Report of the Lahore Medical School Hospital
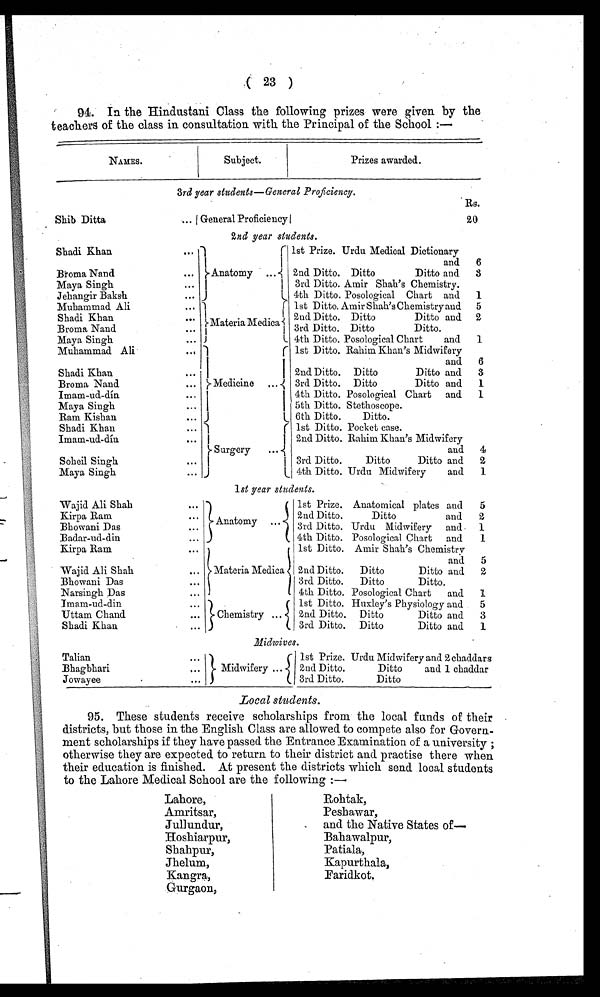
( 23 )
94. In the Hindustani Class the following prizes were given by the
teachers of the class in consultation with the Principal of the School :—
NAMES.
Subject.
Prizes awarded.
3rd year students—General Proficiency.
Rs.
Shib Ditta
...General Proficiency
20
2nd year students.
Shadi Khan
...
Anatomy ...
1st Prize. Urdu Medical Dictionary
and
6
Broma Nand
...
2nd Ditto. Ditto
Ditto and
3
Maya Singh
. . .
3rd Ditto. Arnir Shah's Chemistry.
Jehangir Baksh
...
4th Ditto. Posological Chart and
1
Muhammad Ali
...
Materia Medica
1st Ditto. Amir Shah's Chemistry and
5
Shadi Khan..
2nd Ditto. Ditto
Ditto and 2
Broma Nand
...
3rd Ditto. Ditto
Ditto.
Maya Singh
...
4th Ditto. Posological al Chart and
1
Muhammad Ali
...
Medicine ...
1st Ditto. Rahim Khan's Midwifery
and.
6
Shadi Khan
...
2nd Ditto. Ditto
Ditto and
3
Broma Nand
...
3rd Ditto. Ditto
Ditto and
1
Imam-ud-dín
...
4th Ditto. Posological Chart and
1
Maya Singh
...
5th Ditto. Stethoscope.
Ram Kishan
...
6th Ditto.
Ditto.
Shadi Khan
...
Surgery
...
1st Ditto. Pocket case.
Imam-ud-din.
...
2nd Ditto. Rahim Khan's Midwifery
and
4
Soheil Singh
. . .
3rd Ditto.
Ditto
Ditto and
2
Maya Singh
...
4th Ditto. Urdu Midwifery
and
1
1st year students.
Wajid Ali Shah
...
Anatomy
1st Prize. Anatomical plates and
5
Kirpa Ram .
2nd Ditto.
Ditto
and
2
Bhowani Das
. .
3rd Ditto. Urdu Midwifery and
1
Badar-ud-din
...
4th Ditto. Posological Chart and
1
Kirpa Ram
...
Materia Medica
1st Ditto. Amir Shah's Chemistry
and
5
Wajid Ali Shah
...
2nd Ditto.
Ditto
Ditto and
2
Bhowani Das
...
3rd Ditto.
Ditto
Ditto.
Narsingh Das
...
4th Ditto. Posological Chart
and
1
Imam-ud-din
...
Chemistry ...
1st Ditto. Huxley's Physiology and.
5
Uttam Chand
...
2nd Ditto. Ditto
Ditto and
3
Shadi Khan
...
3rd. Ditto. Ditto
Ditto and
1
Midwives.
Talian...
Midwifery ...
Prize. Urdu Midwifery and. 2 chaddars
Bhagbhari
2nd Ditto.
Ditto
and 1 chaddar
Jowayee
...
3rd Ditto.
Ditto
Local students.
95. These students receive scholarships from the local funds of their
districts, but those in the English Class are allowed to compete also for Govern-
ment scholarships if they have passed the Entrance Examination of a university ;
otherwise they are expected to return to their district and practise there when
their education is finished. At present the districts which send local students
to the Lahore Medical School are the following :—
Lahore,
Rohtak,
Amritsar,
Peshawar,
Jullundur,
and the Native States of-
Hoshiarpur,
Bahawalpur,
Shahpur,
Patiala,
Jhelum,
Kapurthala,
Kangra,
Faridkot.
Gurgaon,